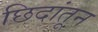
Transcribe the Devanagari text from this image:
छिदांतून